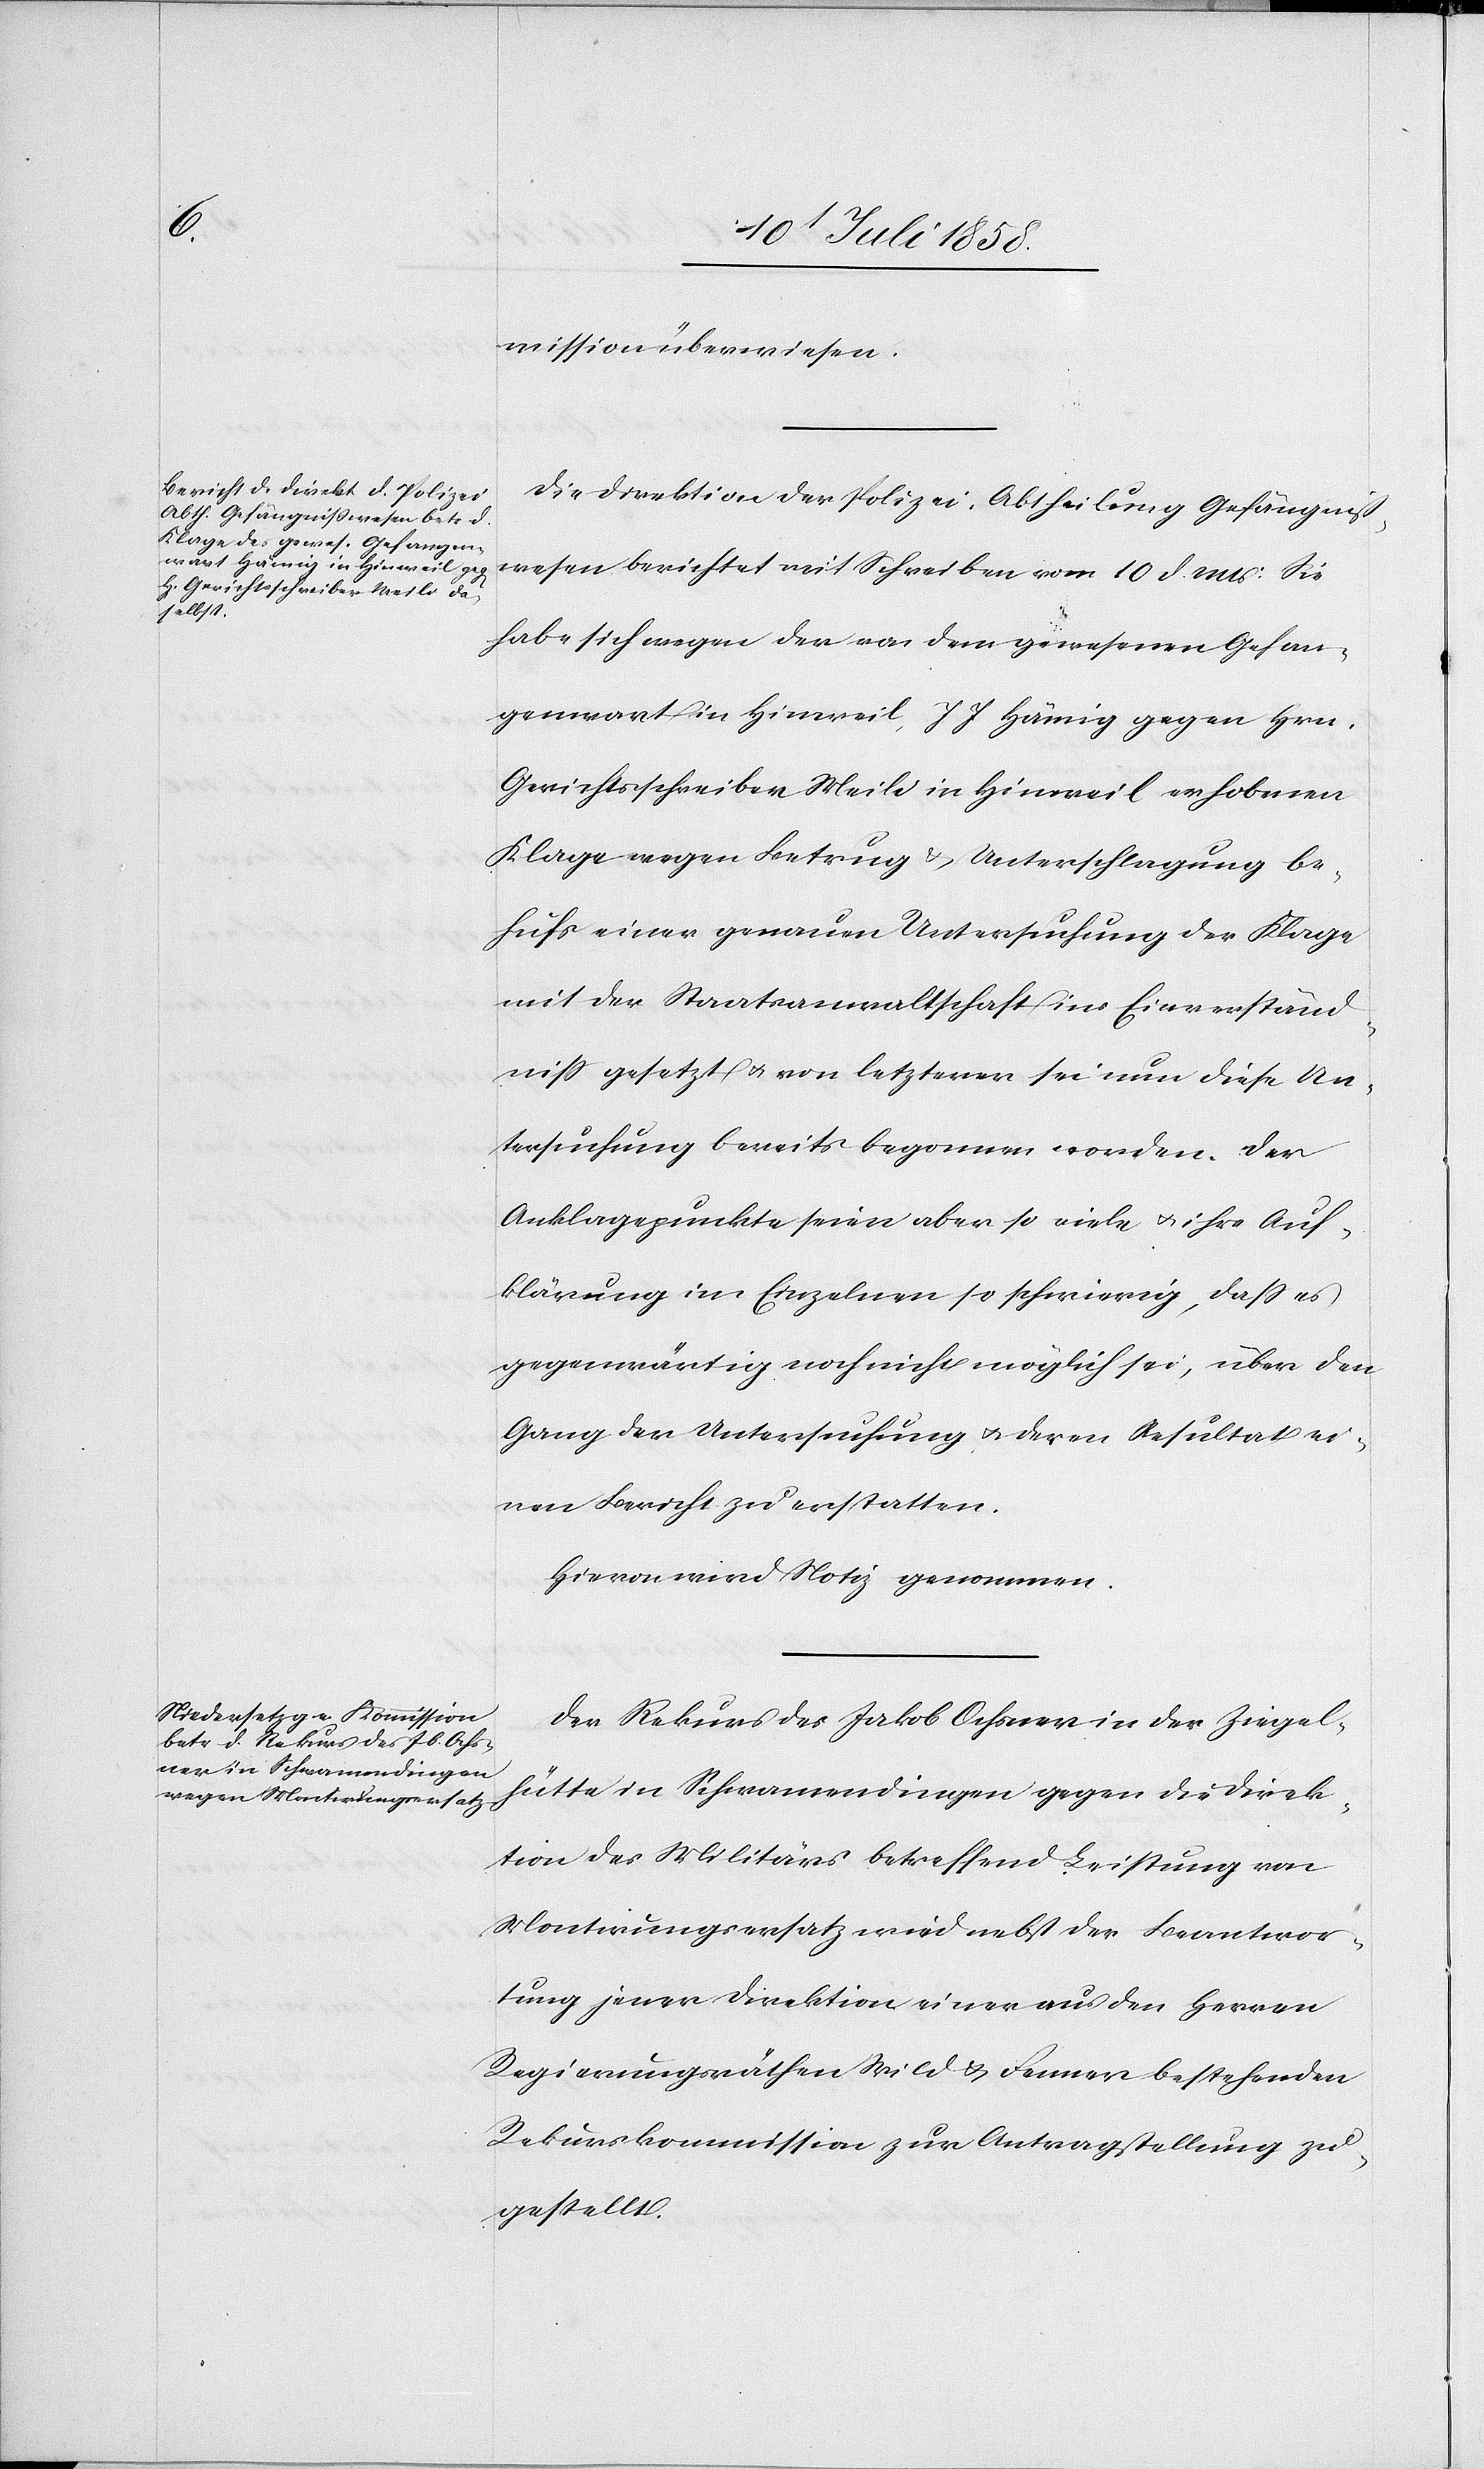
mission überwiesen.
Die Direktion der Polizei, Abtheilung Gefängniß¬
wesen berichtet mit Schreiben vom 10 d. Mts: Sie
habe sich wegen der von dem gewesenen Gefan¬
genwart in Hinweil, J. J. Hämig gegen Hrn.
Gerichtsschreiber Meili in Hinweil erhobenen
Klage wegen Betrug & Unterschlagung be¬
hufs einer genauen Untersuchung der Klage
mit der Staatsanwaltschaft ins Einverständ¬
niss gesetzt & von letzterer sei nun diese Un¬
tersuchung bereits begonnen worden. Der
Anklagepunkte seien aber so viele & ihre Auf¬
klärung im Einzelnen so schwierig, dass es
gegenwärtig noch nicht möglich sei, über den
Gang der Untersuchung & deren Resultat ei¬
nen Bericht zu erstatten.
Hievon wird Notiz genommen.
Der Rekurs des Jakob Ochsner in der Ziegel¬
hütte in Schwamendingen gegen die Direk¬
tion des Militärs betreffend Leistung von
Montirungsersatz wird nebst der Beantwor¬
tung jener Direktion einer aus den Herren
Regierungsräthen Wild & Fenner bestehenden
Rekurskommission zur Antragstellung zu¬
gestellt.